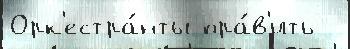
Орк'естра́нты пра́в'ить